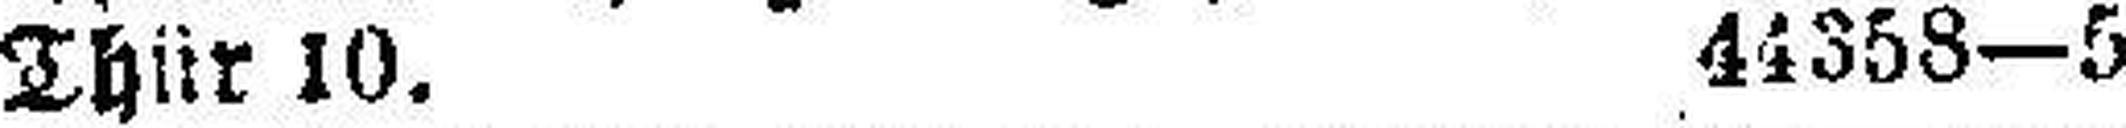
Thür 10. 44358—5